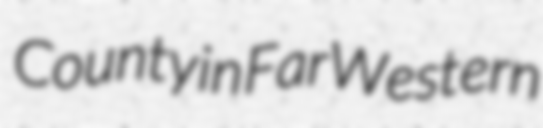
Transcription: County in Far Western